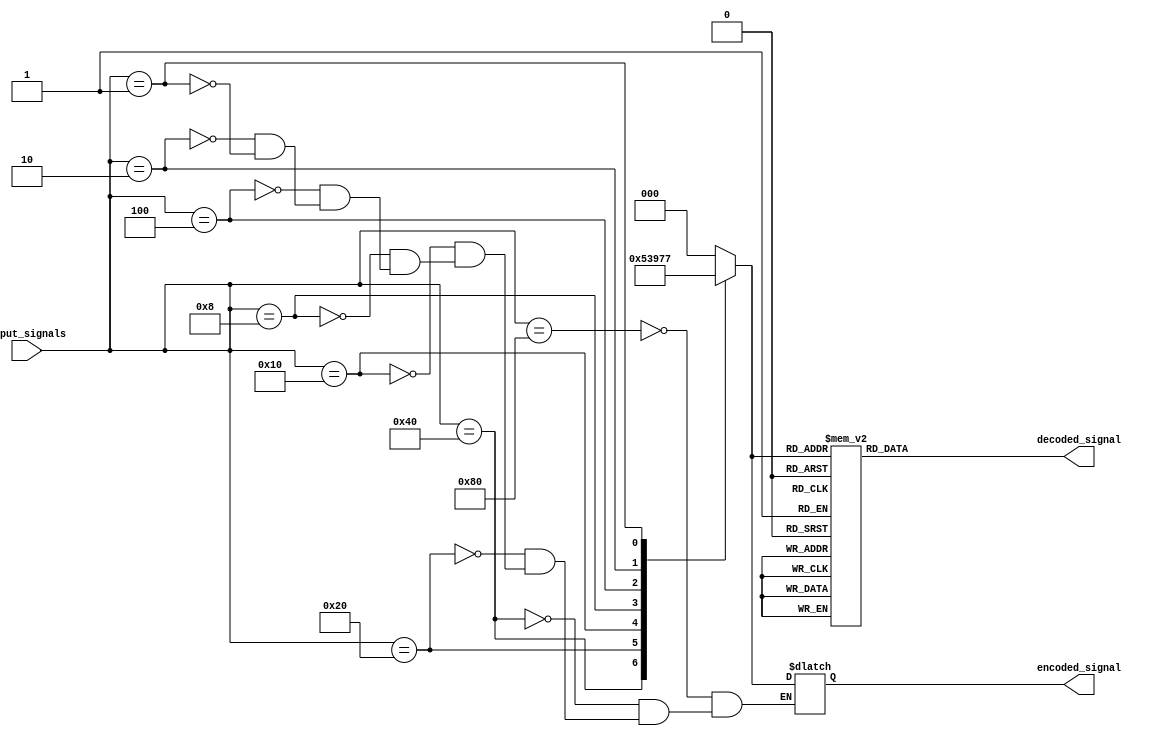
module priority_encoder_decoder (
    input [7:0] input_signals,
    output reg [2:0] encoded_signal,
    output reg [7:0] decoded_signal
);

always @* begin
    // Priority encoder logic
    case(input_signals)
        8'b10000000: encoded_signal = 3'b000; // Highest priority
        8'b01000000: encoded_signal = 3'b001; // Second highest priority
        8'b00100000: encoded_signal = 3'b010; // Third highest priority
        8'b00010000: encoded_signal = 3'b011;
        8'b00001000: encoded_signal = 3'b100;
        8'b00000100: encoded_signal = 3'b101;
        8'b00000010: encoded_signal = 3'b110;
        8'b00000001: encoded_signal = 3'b111; // Lowest priority
    endcase

    // Priority decoder logic
    case(encoded_signal)
        3'b000: decoded_signal = 8'b10000000;
        3'b001: decoded_signal = 8'b01000000;
        3'b010: decoded_signal = 8'b00100000;
        3'b011: decoded_signal = 8'b00010000;
        3'b100: decoded_signal = 8'b00001000;
        3'b101: decoded_signal = 8'b00000100;
        3'b110: decoded_signal = 8'b00000010;
        3'b111: decoded_signal = 8'b00000001;
    endcase
end

endmodule